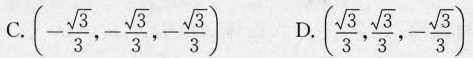
C. (- \frac{\sqrt{3}}{3},- \frac{\sqrt{3}}{3},- \frac{\sqrt{3}}{3}) D. (\frac{\sqrt{3}}{3}, \frac{\sqrt{3}}{3},- \frac{\sqrt{3}}{3})